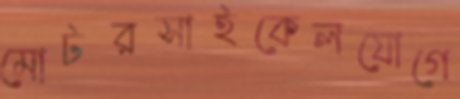
মোটরসাইকেলযোগে